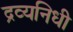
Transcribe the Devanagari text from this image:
द्रव्यनिधी